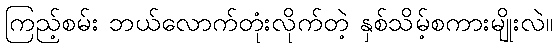
ကြည့်စမ်း ဘယ်လောက်တုံးလိုက်တဲ့ နှစ်သိမ့်စကားမျိုးလဲ။